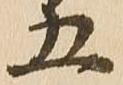
五